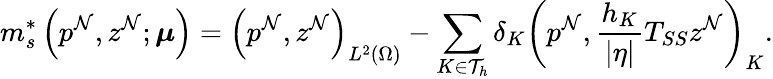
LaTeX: m_{s}^{*}\left(p^{\mathcal{N}},z^{\mathcal{N}};\boldsymbol{\mu}\right)=\left(p^{\mathcal{N}},z^{\mathcal{N}}\right)_{L^{2}(\Omega)}-\sum_{K\in\mathcal{T}_{h}}\delta_{K}\left(p^{\mathcal{N}},\frac{h_{K}}{|\mathbf{\eta}|}T_{SS}z^{\mathcal{N}}\right)_{K}.